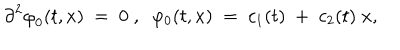
{ \partial } ^ { 2 } { \varphi } _ { 0 } ( t , x ) \; = \; 0 \; , \; \; \varphi _ { 0 } ( t , x ) \; = \; c _ { 1 } ( t ) \; + \; c _ { 2 } ( t ) \; x ,